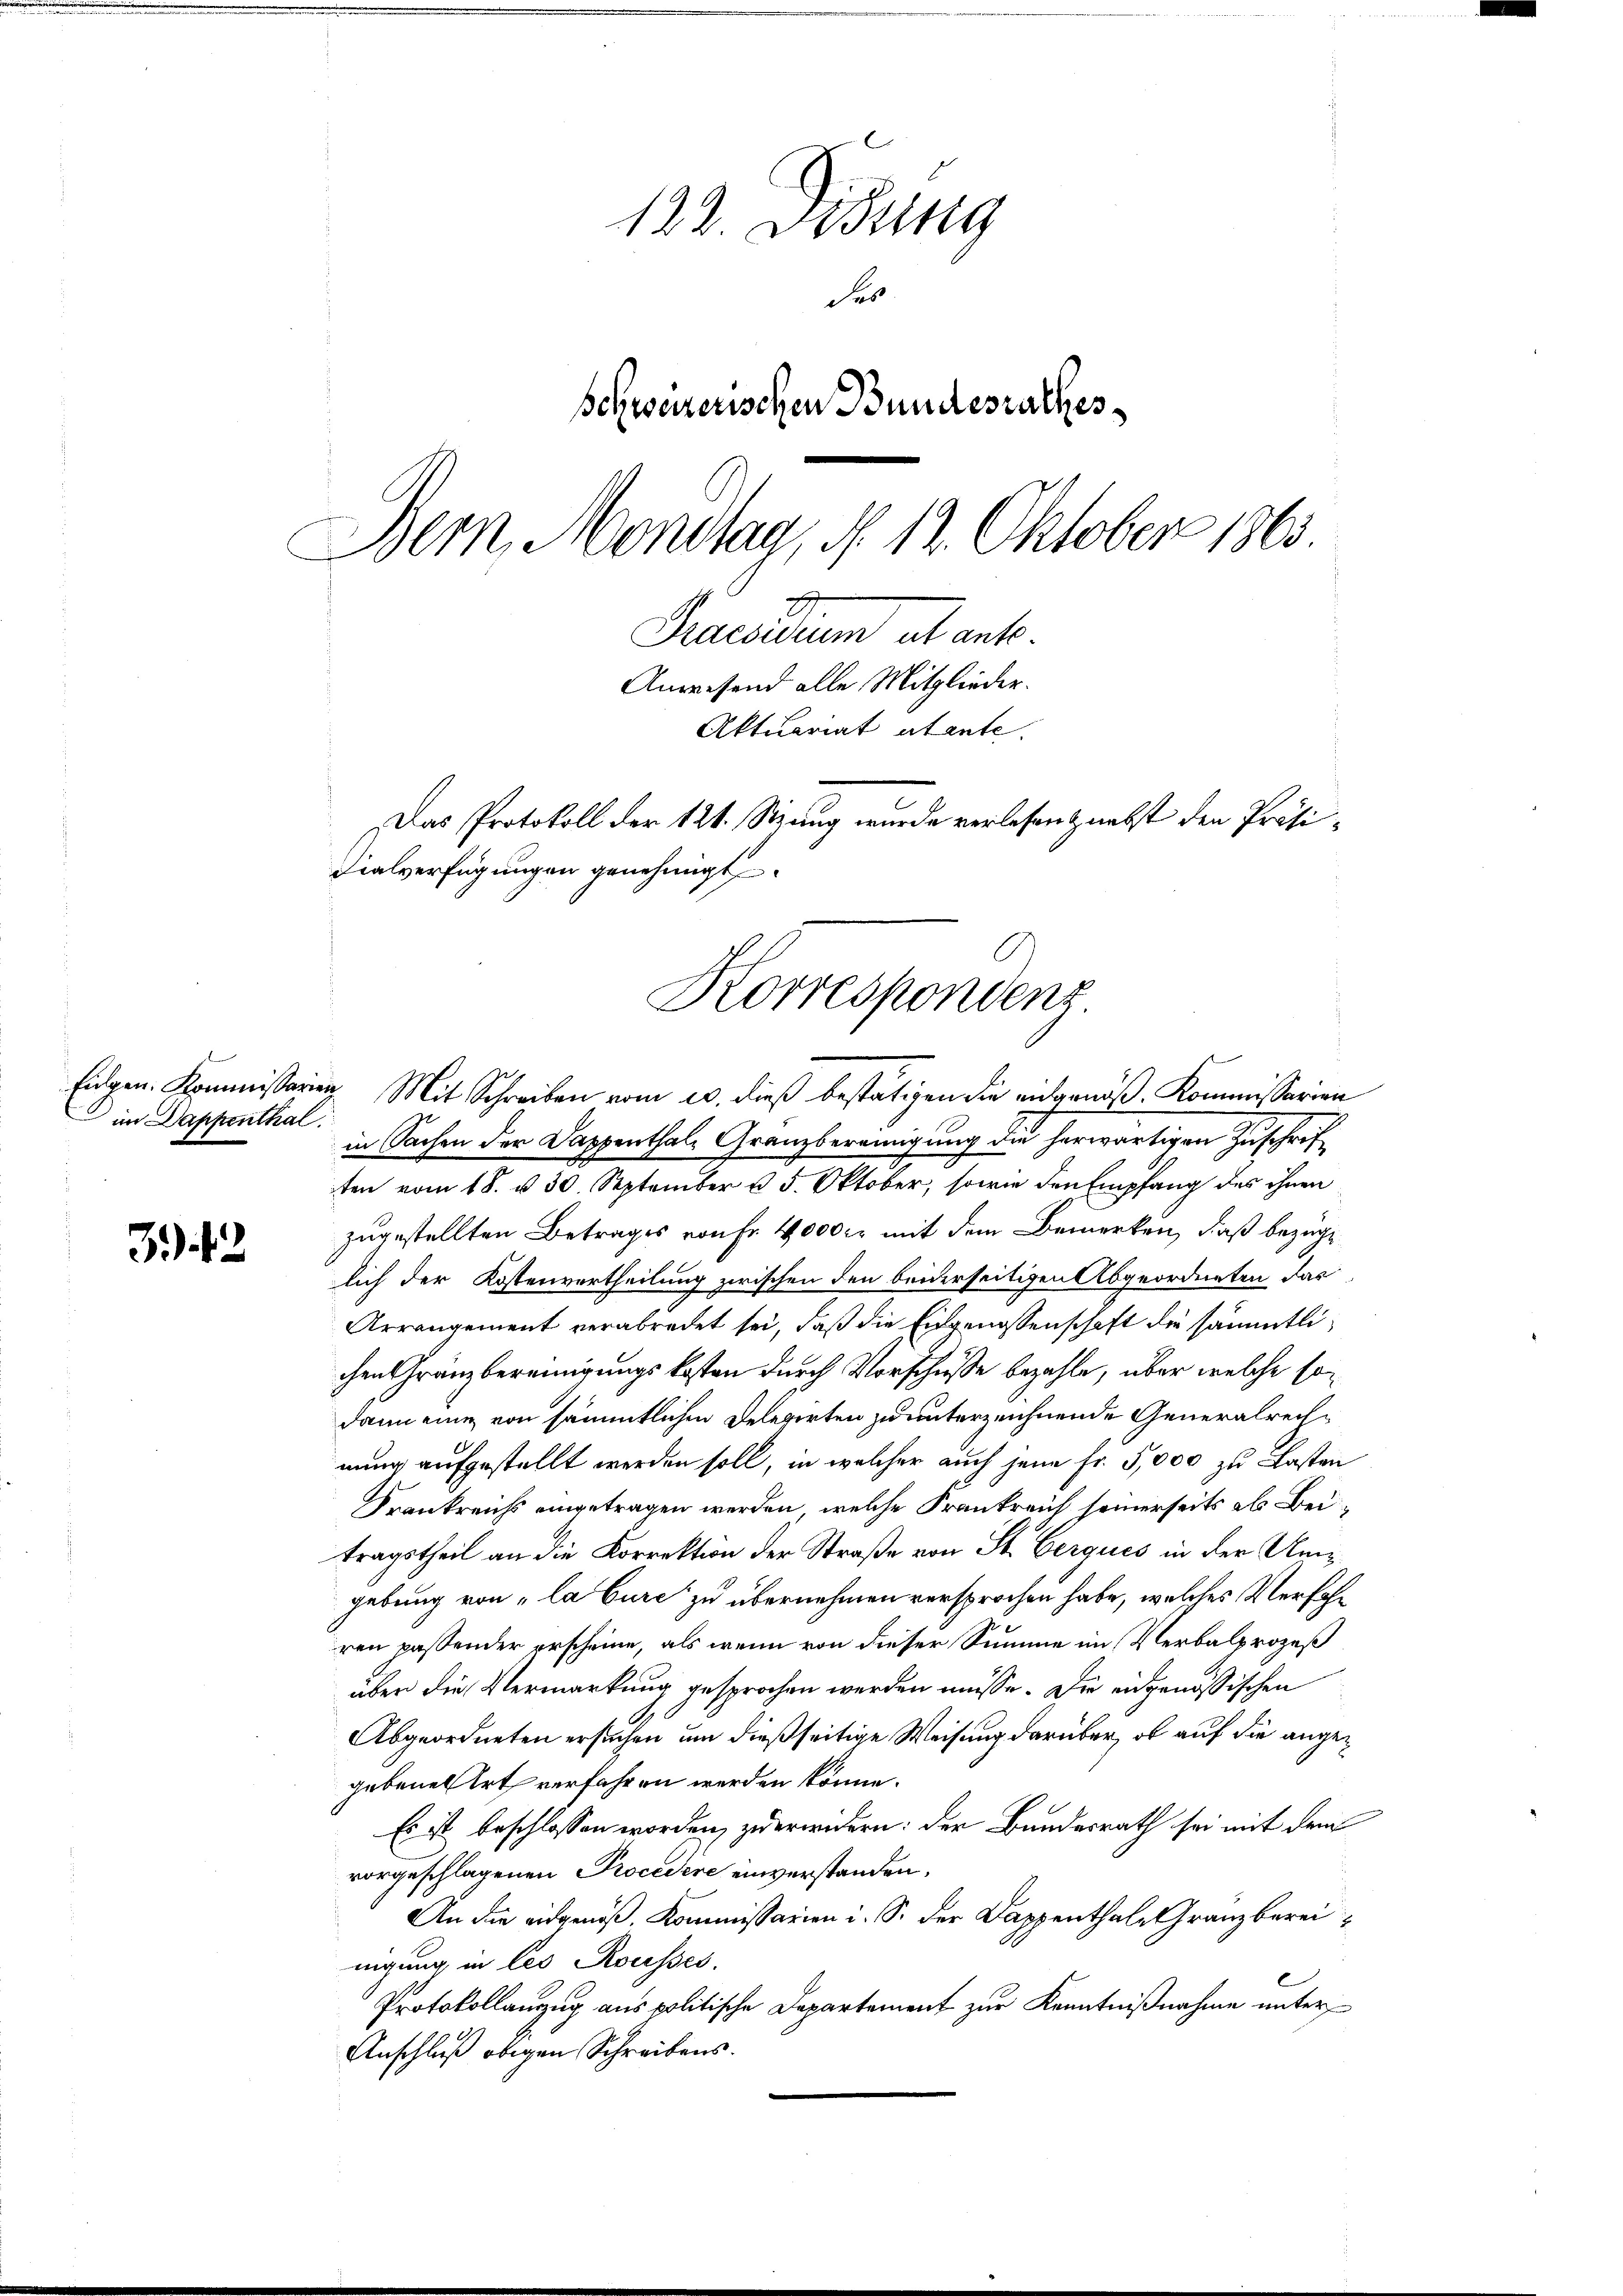
Eigen. Kommissar
 im Dappenthal

342

122. Didung
des
schweizerischen Bundesrathes
Bern Mondlag, § 12. Oktober 1863
Precarium a ent
Anwesend alle Mitglieder.
Aktuariat atente.
Das Protokoll der 121. Stzung wurde verlesen & nebst den Präsi¬
Fialverfügungen genehmigt

er Mit Schreiben vom 20. dieß bestätigen die angenöß. Kommissarien
in Sachen der Dappenthale Granzbereinigung die herwärtigen Zuschriften vom 18. u. 30. September u. 5. Oktober, sowie den Empfang des ihnen
zugestellten Betrages von fr. 4000 er mit dem Bemerken, daß bezüglich der Kostenvertheilung zwischen den beiderseitigen Abgeordneten das
Arrangement verabredet sei, daß die Eidgenossenschaft die sämmtlichen Gränzbereinigungskosten durch Vorschüsse bezahle, über welche sodann eine von sämmtlichen Delegirten zu unterzeichnende Generalrechnung aufgestellt werden soll, in welcher auch jene Fr. 5,000 zu Lasten
Frankreichs eingetragen werden, welche Frankreich seinerseits als Bei
tragstheil an die Korrektion der Straße von St. Gerques in der Amgebung von „la Cure zu übernehmen versprochen habe, welches Verfahren passender erscheine, als wenn von dieser Summe im Verbalprozeß
über die Vermarkung gesprochen werden müsse. Die eidgenössischen
Abgeordneten ersuchen um dießseitige Weisung darüber, ob auf die angegebenes Art verfahren werden könne.
Es ist beschlossen worden, zu erwidern: der Bundesrath sei mit dem
vorgeschlagenen Procedere einverstanden.
An die eidgenöß. Kommissarien i. S. der Dappenthale Granzbereinigung in les Rousses.
Protokollanzug aus politische Departement zur Kenntnißnahme unter¬
Anschluß obigen Schreibens.

Korrespondenz